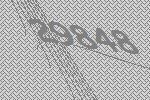
29848